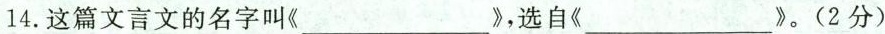
14.这篇文言文的名字叫《___》，选自《___》。(2分)